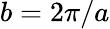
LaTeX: b=2\pi/a